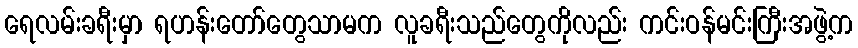
ရေလမ်းခရီးမှာ ရဟန်းတော်တွေသာမက လူခရီးသည်တွေကိုလည်း ကင်းဝန်မင်းကြီးအဖွဲ့က